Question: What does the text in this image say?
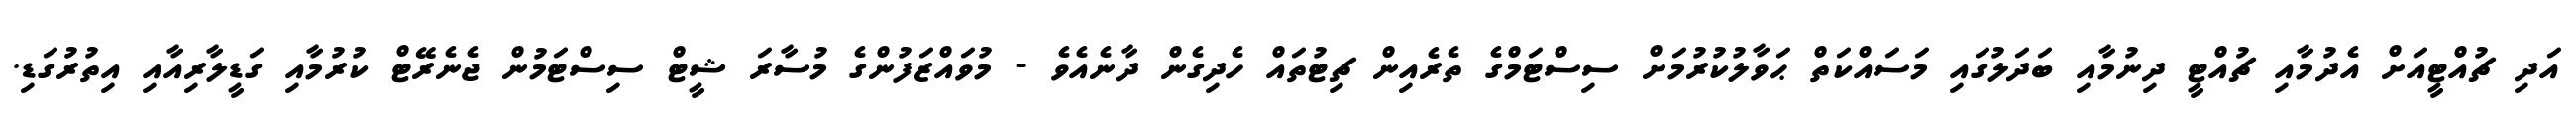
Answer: އަދި ޗުއްޓީއަށް އެދުމާއި ޗުއްޓީ ދިނުމާއި ބަދަލުގައި މަސައްކަތް ޙަވާލުކުރުމަށް ސިސްޓަމްގެ ތެރެއިން ޗިޓުތައް ހެދިގެން ދާނެއެވެ - މުވައްޒަފުންގެ މުސާރަ ޝީޓް ސިސްޓަމުން ޖެނެރޭޓް ކުރުމާއި ގަޑީލާރިއާއި އިތުރުގަޑި.